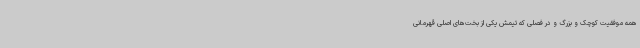
همه موفقیت کوچک و بزرگ و در فصلی که تیمش یکی از بخت‌های اصلی قهرمانی